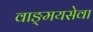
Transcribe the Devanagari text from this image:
वाङ्‌मयसेवा